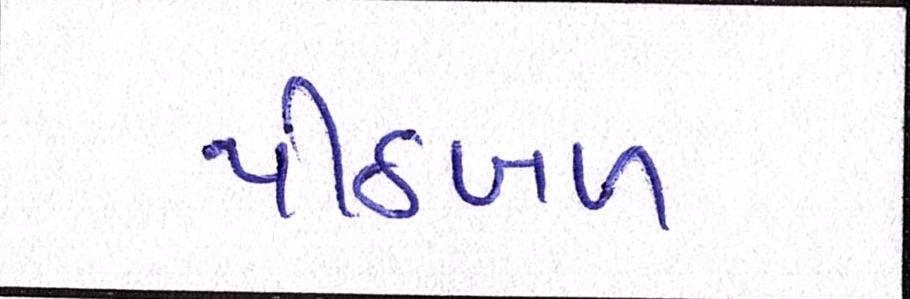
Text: પીઠબળ